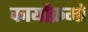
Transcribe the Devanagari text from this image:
कार्याक्रमो